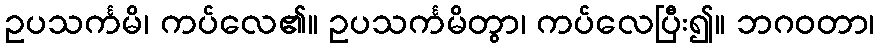
ဥပသင်္ကမိ၊ ကပ်လေ၏။ ဥပသင်္ကမိတွာ၊ ကပ်လေပြီး၍။ ဘဂဝတာ၊